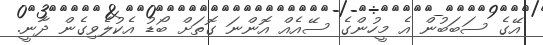
އޭގެ ސަބަބުން އެ މީހުންގެ ސޭއެއް އޮންނަ ގޮތަށް ބޯޑު އެކުލެވިގެން ދާނީ.